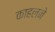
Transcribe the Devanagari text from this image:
काहलने